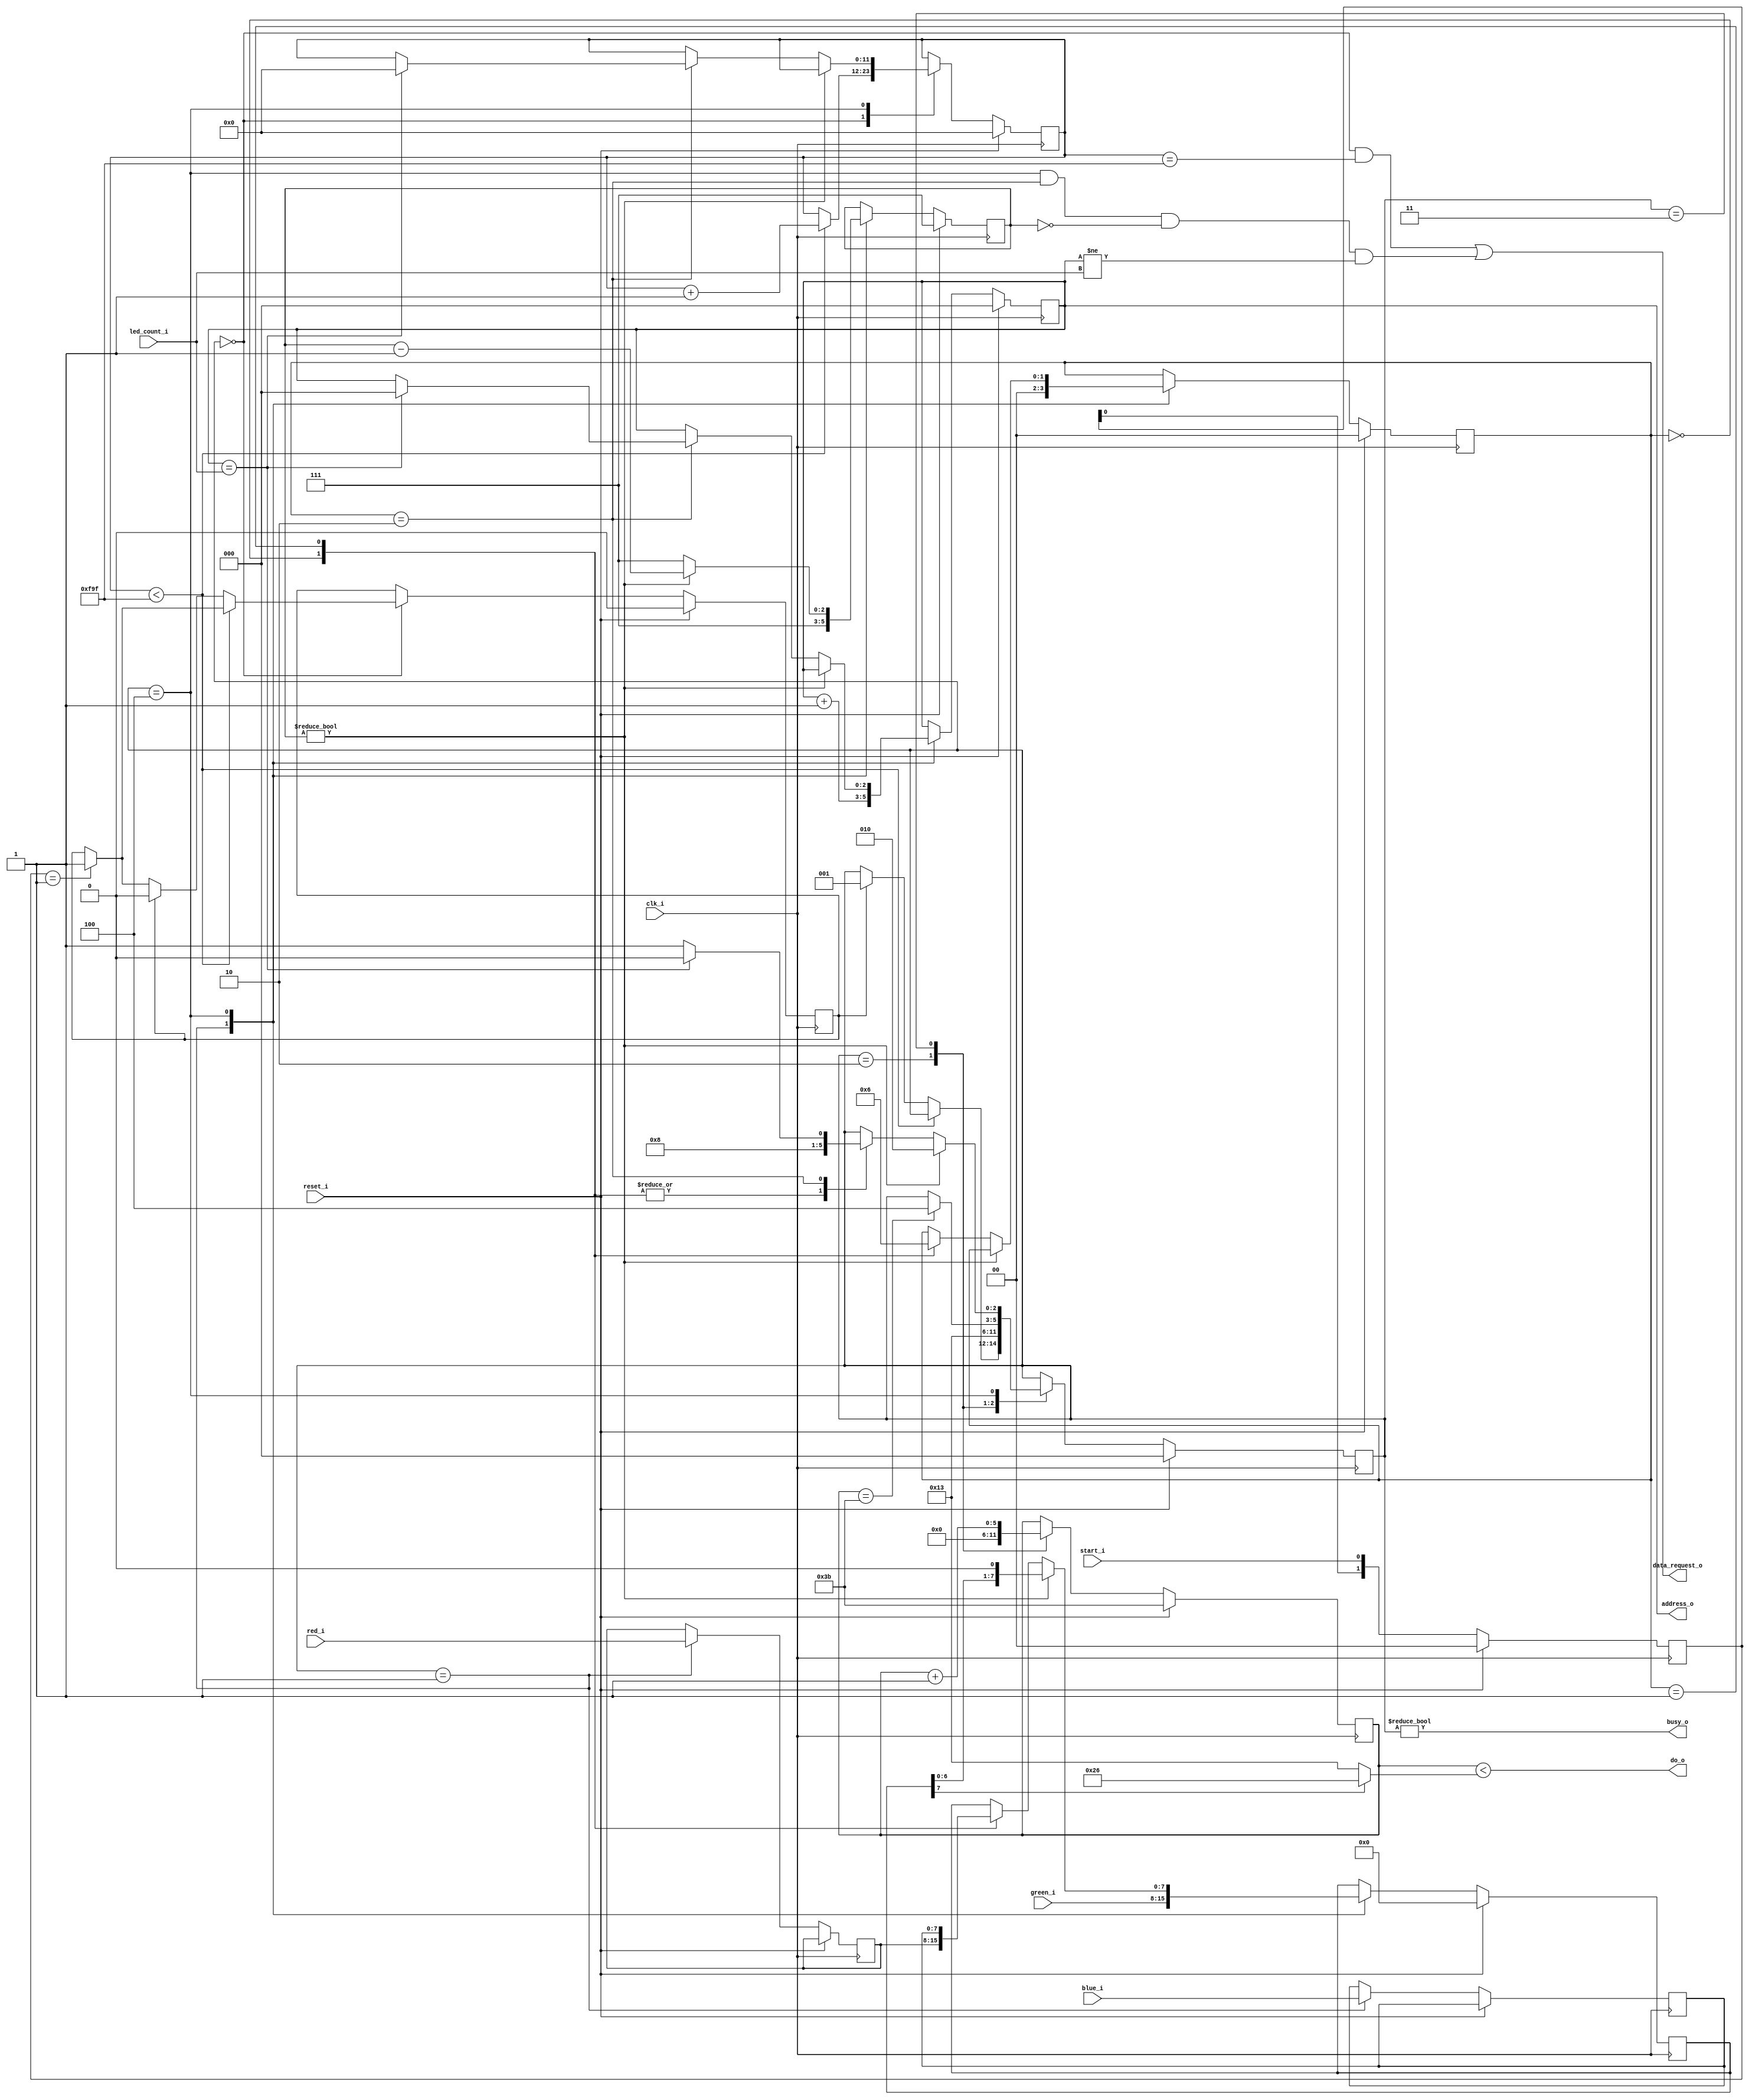
module ws2812 (
	input                              clk_i,       // Clock input.
	input                              reset_i,
	input                              start_i,
	output                             busy_o,
	output                             data_request_o, // This signal is asserted one cycle before red_i, green_i,
																		//and blue_i are sampled.
	output [$clog2(NUM_LEDS)-1:0]  	  address_o,  // The current LED number. This signal is incremented to the next
																	// value two cycles after the last time data_request_o was asserted.
	input [7:0]                        red_i,       // 8-bit red_r data
	input [7:0]                        green_i,     // 8-bit green_r data
	input [7:0]                        blue_i,      // 8-bit blue_r data
	output                             do_o,       	// Signal to send to WS2811 chain.
	input [$clog2(NUM_LEDS)-1:0]       led_count_i	// Number of actual LEDS
 );

parameter NUM_LEDS = 8;          		// The number of LEDS in the chain
parameter SYSTEM_CLOCK = 50_000_000;	// The frequency of the input clock signal, in Hz. This value must be correct in
													// order to have correct timing for the WS2811 protocol.
localparam integer CYCLE_COUNT = (SYSTEM_CLOCK / 800_000) - 3; // 800 KHz pixel clock

// SK6812
//localparam integer H0_CYCLE_COUNT = 0.25 * CYCLE_COUNT;
//localparam integer H1_CYCLE_COUNT = 0.5 * CYCLE_COUNT;

// WS2812B
localparam integer H0_CYCLE_COUNT = 0.32 * CYCLE_COUNT;
localparam integer H1_CYCLE_COUNT = 0.64 * CYCLE_COUNT;
	
localparam integer RESET_COUNT = SYSTEM_CLOCK * 0.000_080; // 80 microseconds

reg [$clog2(CYCLE_COUNT)-1:0] clock_div_r = CYCLE_COUNT[$clog2(CYCLE_COUNT)-1:0];			// Clock divider for a cycle
reg [$clog2(RESET_COUNT)-1:0] reset_counter_r = 0;		// Counter for a reset_i cycle
reg [$clog2(NUM_LEDS)-1:0]  address_r = 0;  // The current LED number. This signal is incremented to the next
assign address_o = address_r;

localparam STATE_RESET    = 3'd0;
localparam STATE_LATCH    = 3'd1;
localparam STATE_PRE      = 3'd2;
localparam STATE_TRANSMIT = 3'd3;
localparam STATE_POST     = 3'd4;

reg [2:0] state_r = STATE_RESET;				// FSM state_r;

assign busy_o = state_r != STATE_RESET;

localparam COLOR_G = 2'd0;
localparam COLOR_R = 2'd1;
localparam COLOR_B = 2'd2;

reg [1:0]	color_r = COLOR_G;				// Current color_r being transferred
reg [7:0]	red_r, blue_r;
reg [7:0]	current_byte_r = 0;	// Current byte to send
reg [2:0]	current_bit_r = 7;		// Current bit index to send
reg [1:0]	start_r = 0;
reg			start_now_r = 0;

wire reset_almost_done_w  =
	(state_r == STATE_RESET) &&
	(reset_counter_r == (RESET_COUNT - 1));
	
wire led_almost_done_w =
	(state_r == STATE_POST) &&
	(color_r == COLOR_B) &&
	(current_bit_r == 0) &&
	(address_r != led_count_i);

assign data_request_o = reset_almost_done_w || led_almost_done_w;
assign do_o = clock_div_r < (current_byte_r[7] ? H1_CYCLE_COUNT : H0_CYCLE_COUNT);

always @ (posedge clk_i) begin
	if (reset_i) begin
		address_r <= 0;
		state_r <= STATE_RESET;
		reset_counter_r <= 0;
		color_r <= COLOR_G;
		current_bit_r <= 7;
		start_r <= 0;
		start_now_r <= 0;
		current_byte_r <= 0;
		clock_div_r <= CYCLE_COUNT[$clog2(CYCLE_COUNT)-1:0];
	end
	else begin
		start_r <= {start_r[0], start_i};
		case (state_r)
		
		  STATE_RESET: begin
			  if (start_r == 2'b01)
				  start_now_r <= 1;
			  // De-assert do_o, and wait for 75 us.
			  if (reset_counter_r < RESET_COUNT - 1)
				  reset_counter_r <= reset_counter_r + 1'b1;
			  else if (start_now_r) begin
			     start_now_r <= 0;
				  state_r <= STATE_LATCH;
			  end
		  end
		  
		  STATE_LATCH: begin
			  // Latch the input
			  red_r <= red_i;
			  blue_r <= blue_i;

			  // Start sending green_r
			  color_r <= COLOR_G;
			  current_byte_r <= green_i;
			  current_bit_r <= 7;
			  
			  // Setup the new address_o
			  address_r <= address_r + 1'b1;
			  
			  state_r <= STATE_PRE;
		  end
		  
		  STATE_PRE: begin
			  // Assert do_o, start_i clock divider counter
			  clock_div_r <= 0;
			  state_r <= STATE_TRANSMIT;
		  end
		  
		  STATE_TRANSMIT: begin
			  clock_div_r <= clock_div_r + 1'b1;
			  if (clock_div_r == CYCLE_COUNT)
				  state_r <= STATE_POST;
		  end
		  
		  STATE_POST: begin
			  if (current_bit_r) begin
				  // Start sending next bit of data
				  current_byte_r <= {current_byte_r[6:0], 1'b0};
				  current_bit_r <= current_bit_r - 1'b1;
				  state_r <= STATE_PRE;
			  end
			  else begin
				  // Advance to the next color_r. If we were on blue_r, advance to the next LED
				  current_bit_r <= 7;
				  case (color_r)
					  COLOR_G: begin
						  color_r <= COLOR_R;
						  current_byte_r <= red_r;
						  state_r <= STATE_PRE;
					  end
					 COLOR_R: begin
						 color_r <= COLOR_B;
						 current_byte_r <= blue_r;
						 state_r <= STATE_PRE;
					 end
					 COLOR_B: begin
						 // If we were on the last LED, go back to reset
						 if (address_r == led_count_i) begin
							 state_r <= STATE_RESET;
							 address_r <= 0;
							 reset_counter_r <= 0;
						 end
						 else
							 state_r <= STATE_LATCH;
					 end
				  endcase
			  end
		  end
		  
		endcase
	end
end
	
endmodule